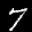
Label: 7